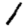
Digit: 1